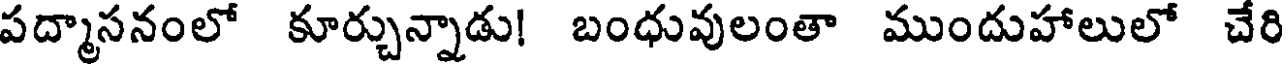
పద్మాసనంలో కూర్చున్నాడు! బంధువులంతా ముందుహాలులో చేరి